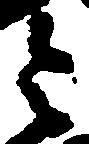
令